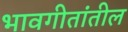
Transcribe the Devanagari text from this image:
भावगीतांतील